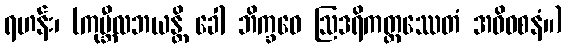
ရဟန်း၊ (ကုမ္ဘီလဘယန္တိ ခေါ ဘိက္ခဝေ ဩဒရိကတ္တဿေတံ အဓိဝစနံ။)